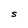
Character: S